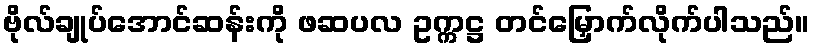
ဗိုလ်ချုပ်အောင်ဆန်းကို ဖဆပလ ဥက္ကဋ္ဌ တင်မြှောက်လိုက်ပါသည်။